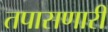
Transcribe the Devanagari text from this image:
तपासणारी